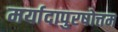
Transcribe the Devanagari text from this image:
मर्यादापुरषोत्तम